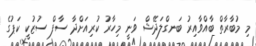
މި މުބާރާތް ބާއްވާއިރު ބަނގްލަދޭޝް ވަނީ މިހާރު ކުރިއަށްދާ ސާފް ސުޒުކީ ކަޕުގެ